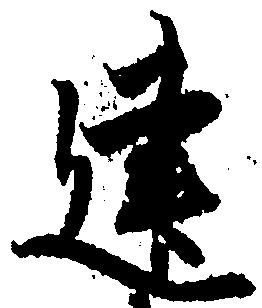
建